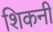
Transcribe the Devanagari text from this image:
शिकनी